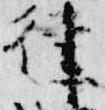
律